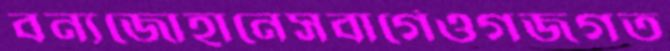
বন্যজোহানেসবার্গেওগজগত